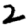
Digit: 2